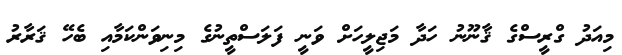
މިއަދު ގްރީސްގެ ޤާނޫނު ހަދާ މަޖިލީހަށް ވަނީ ފަލަސްތީނުގެ މިނިވަންކަމާއި ބެހޭ ޤަރާރު